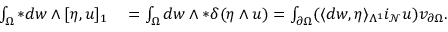
\begin{array} { r l } { \int _ { \Omega } \ast d w \wedge [ \eta , u ] _ { 1 } } & { { } = \int _ { \Omega } d w \wedge \ast \delta ( \eta \wedge u ) = \int _ { \partial \Omega } ( \langle d w , \eta \rangle _ { \Lambda ^ { 1 } } i _ { \mathcal { N } } u ) v _ { \partial \Omega } . } \end{array}